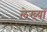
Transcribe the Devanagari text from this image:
लेख्यों